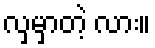
လှမှာတဲ့ လား။